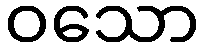
ဝသော